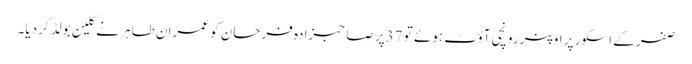
صفر کے اسکور پر اوپنر رونچی آؤٹ ہوئے تو 37پر صاحبزادہ فرحان کو عمران طاہر نے کلین بولڈ کردیا۔